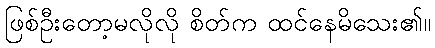
ဖြစ်ဦးတော့မလိုလို စိတ်က ထင်နေမိသေး၏။